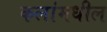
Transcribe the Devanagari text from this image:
कलांमधील